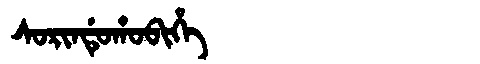
Manchu: ᠰᠣᡵᡳᠨᡩᡠᡥᠣᠪᡳᡥᡝ
Romanization: SORINDUHOBIHE